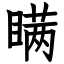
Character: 瞒